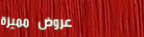
عروض مميزة